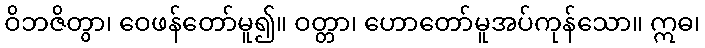
ဝိဘဇိတွာ၊ ဝေဖန်တော်မူ၍။ ဝတ္တာ၊ ဟောတော်မူအပ်ကုန်သော။ ဣဓ၊